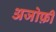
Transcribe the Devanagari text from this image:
अजोफ़ी